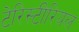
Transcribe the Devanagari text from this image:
टेरिस्टीरियल